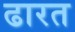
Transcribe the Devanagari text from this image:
ढारत